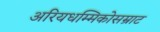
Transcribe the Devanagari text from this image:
अरियधम्मिकोसम्राट